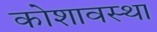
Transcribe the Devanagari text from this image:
कोशावस्था